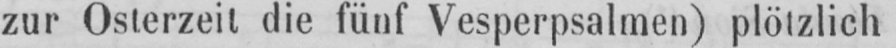
zur Osterzeit die fünf Vesperpsalmen) plötzlich